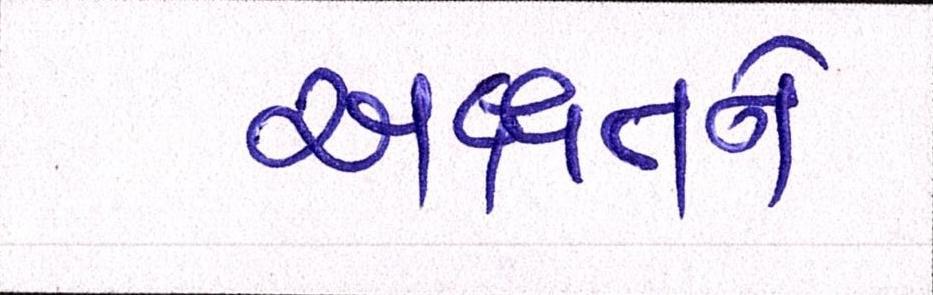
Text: અક્ષતને